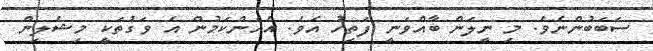
ސަބަބުންނެވެ. މި ނީލަން ބާއްވަނީ ފަތިހު އެވެ. އެހެންކަމުން އެ ވަގުތަކީ މިޝެލިން